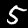
Digit: 5